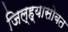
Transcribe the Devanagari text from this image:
जिल्ह्यासोबत